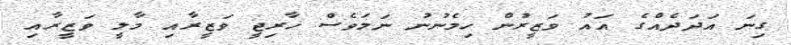
ގިނަ އަދަދެއްގެ އައު ވަޒީރުން ހިމެނުނު ނަމަވެސް ޚާރިޖީ ވަޒީރާއި މާލީ ވަޒީރާއި